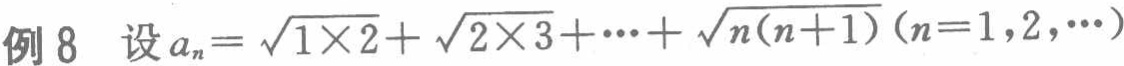
例 8  设\(a_{n}=\sqrt{1\times2}+\sqrt{2\times3}+\cdots+\sqrt{n(n + 1)}(n = 1,2,\cdots)\)